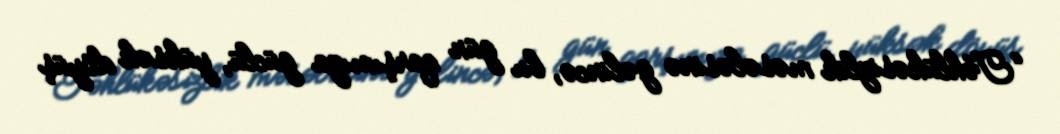
“Təhlükəsizlik məsələsinə gəlincə, bu gün qarşımıza güclü, yüksək döyüş